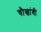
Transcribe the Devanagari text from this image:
चौखांबी